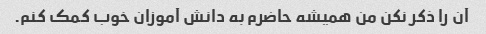
آن را ذکر نکن من همیشه حاضرم به دانش آموزان خوب کمک کنم.